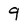
Character: 9